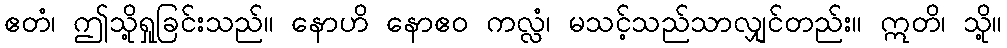
ဧတံ၊ ဤသို့ရှုခြင်းသည်။ နောဟိ နောဧဝ ကလ္လံ၊ မသင့်သည်သာလျှင်တည်း။ ဣတိ၊ သို့။